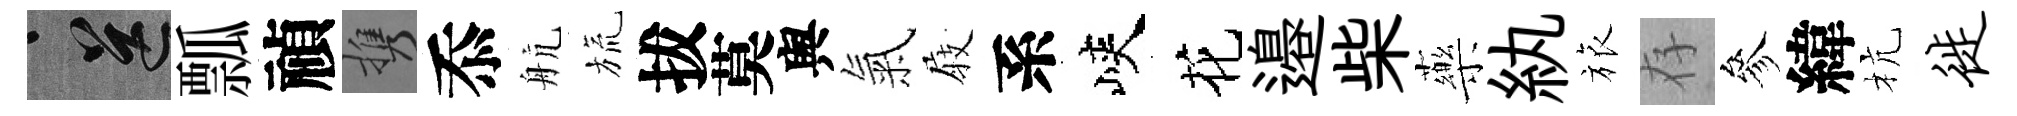
送瓢禎携忝航旒拔莫舆氣𡲆系峽花邉柴藥紈旅存參緯杭徙